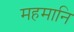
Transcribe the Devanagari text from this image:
महमानि